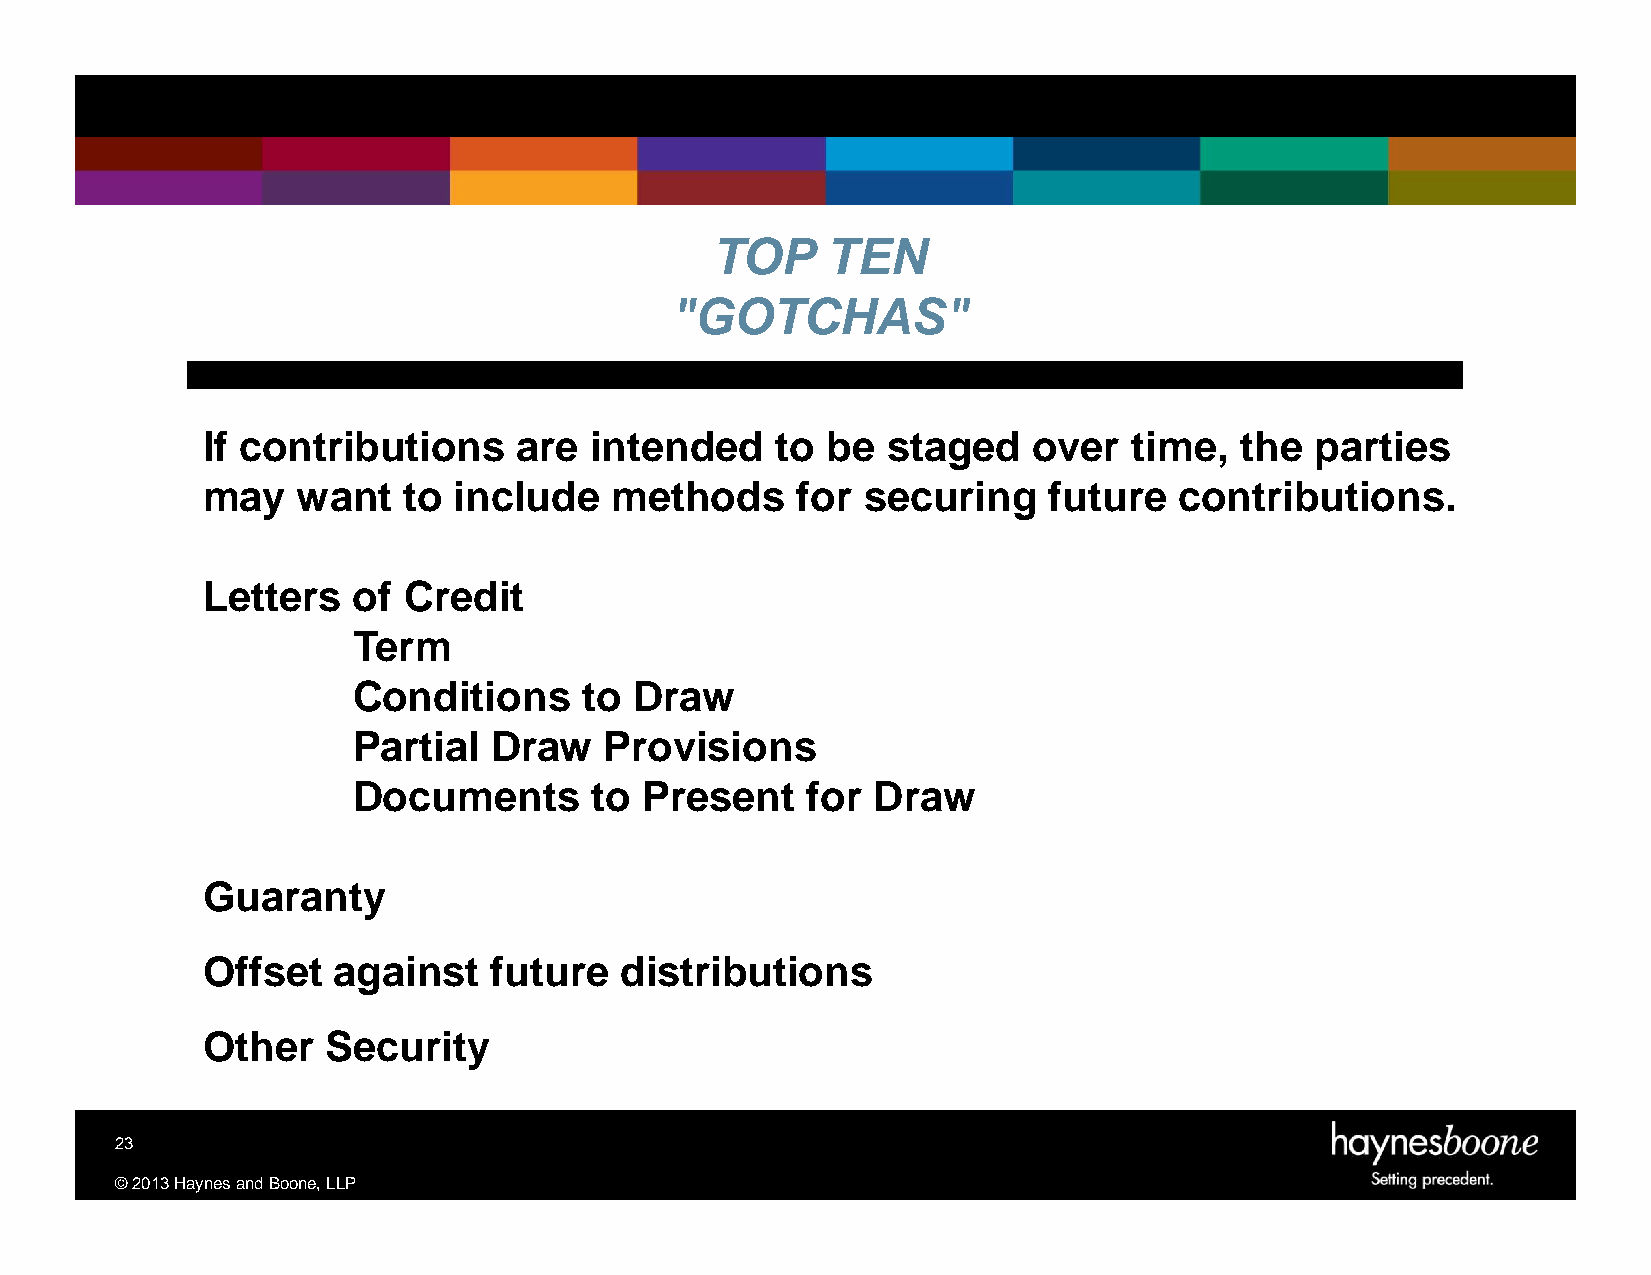
TOP     TEN
 "GOTCHAS"
 If contributions     are  intended    to  be  staged   over   time,  the  parties
 may    want   to include   methods      for securing    future   contributions.
 Letters   of  Credit
 Term
 Conditions      to Draw
 Partial   Draw   Provisions
 Documents       to Present    for  Draw
 Guaranty
 Offset   against    future  distributions
 Other    Security
 23
 ©2013HaynesandBoone,LLP